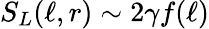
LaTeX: S_{L}(\ell,r)\sim 2\gamma f(\ell)